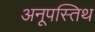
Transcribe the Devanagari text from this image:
अनूपस्तिथ